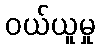
ဝယ်ယူမှု